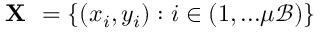
\textbf { X } = \{ { ( x _ { i } , y _ { i } ) } : i \in ( 1 , . . . \mu \mathcal { B } ) \}